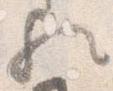
歟